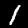
Digit: 1